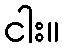
ငါး။